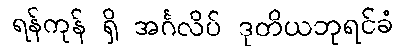
ရန်ကုန် ရှိ အင်္ဂလိပ် ဒုတိယဘုရင်ခံ